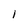
Character: 1